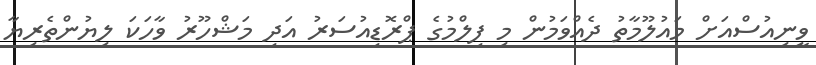
ވީނިއުސްއަށް މައުލޫމާތު ދެއްވަމުން މި ފިލްމުގެ ޕްރޮޑިއުސަރު އަދި މަޝްހޫރު ވާހަކަ ލިޔުންތެރިޔާ